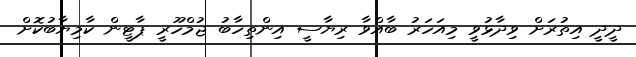
ދީދީ އިތުރަށް ވިދާޅުވީ މިއަހަރު ބާއްވާ ރިޔާސީ އިންތިހާބު ޖުމްހޫރީ ޕާޓީން ކާމިޔާބުކޮށް